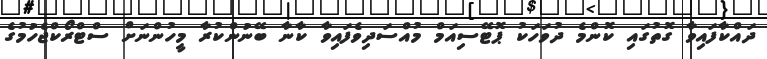
ދައްކާފައިވާ ގޮތުގައި ކޮންމެ ދުވަހަކު ޕޮޓޭސިއަމް މުއްސަދިވެފައިވާ ކާނާ ބޭނުންކުރާ މީހުންނަށް ސްޓްރޯކްޖެހުމުގެ